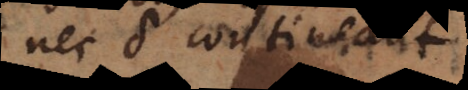
nec δ contineant.